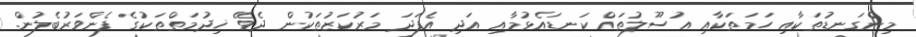
މިންގަނޑުތަކާއި ހަމަތަކާއި އުސޫލުތައް ކަނޑައެޅުމާއި އަދި އެފަދަ މަރުކަޒުތަކުން ދެވޭ ޚިދުމަތްތަކުގެ ފެންވަރުބެލުން.